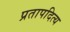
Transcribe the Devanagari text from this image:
प्रतापदित्य